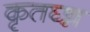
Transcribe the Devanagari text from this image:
कृतघ्न्न